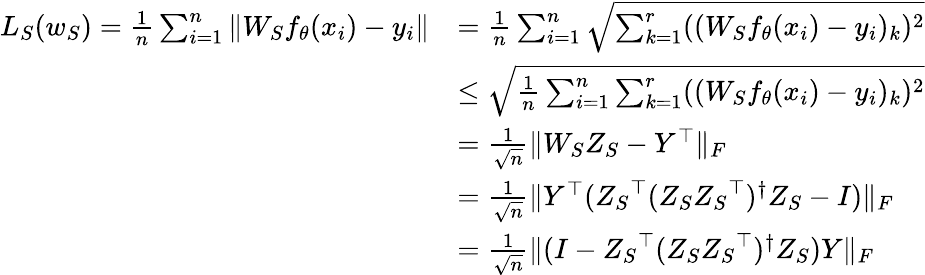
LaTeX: \begin{array}{rl}{L_{S}(w_{S})=\frac{1}{n}\sum_{i=1}^{n}\| W_{S}f_{\theta}(x_{i})-y_{i}\| }&{=\frac{1}{n}\sum_{i=1}^{n}\sqrt{\sum_{k=1}^{r}((W_{S}f_{\theta}(x_{i})-y_{i})_{k})^{2}}}\\ &{\le\sqrt{\frac{1}{n}\sum_{i=1}^{n}\sum_{k=1}^{r}((W_{S}f_{\theta}(x_{i})-y_{i})_{k})^{2}}}\\ &{=\frac{1}{\sqrt{n}}\| W_{S}{Z_{S}}-Y^{\top}\| _{F}}\\ &{=\frac{1}{\sqrt{n}}\| Y^{\top}({Z_{S}}^{\top}({Z_{S}}{Z_{S}}^{\top})^{\dagger}{Z_{S}}-I)\| _{F}}\\ &{=\frac{1}{\sqrt{n}}\| (I-{Z_{S}}^{\top}({Z_{S}}{Z_{S}}^{\top})^{\dagger}{Z_{S}})Y\| _{F}}\end{array}